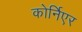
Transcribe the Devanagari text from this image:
कोर्निएर